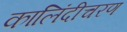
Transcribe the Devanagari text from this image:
कालिंदीचरण